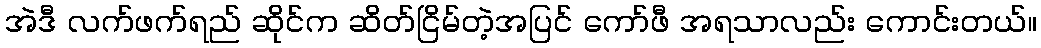
အဲဒီ လက်ဖက်ရည် ဆိုင်က ဆိတ်ငြိမ်တဲ့အပြင် ကော်ဖီ အရသာလည်း ကောင်းတယ်။